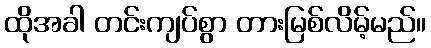
ထိုအခါ တင်းကျပ်စွာ တားမြစ်လိမ့်မည်။